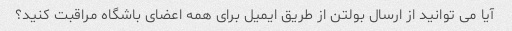
آیا می توانید از ارسال بولتن از طریق ایمیل برای همه اعضای باشگاه مراقبت کنید؟